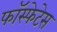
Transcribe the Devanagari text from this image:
फॉस्फेटेस